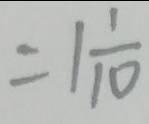
= 1 \frac { 1 } { 1 0 }